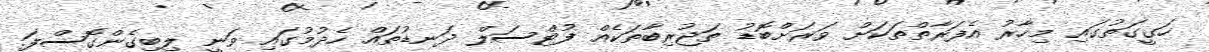
ހަގީގަތުގައި މިހާރު އެފަރާތްތަކަށް ވަރަށްބޮޑު ތަޖުރިބާތަކެއް ފުޓްސަލް ދަނޑުތައް ހެދުމުގައި ވަނީ ލިބިގެންގޮސްފަ.